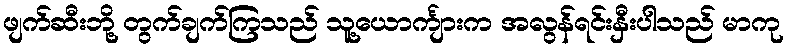
ဖျက်ဆီးဘို့ တွက်ချက်ကြသည် သူ့ယောင်္ကျားက အလွန်ရင်းနှီးပါသည် မာကု